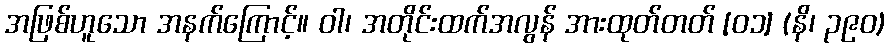
အဖြစ်ဟူသော အနက်ကြောင့်။ ဝါ၊ အတိုင်းထက်အလွန် အားထုတ်တတ် [၀၁] (နိ၊ ၃၉၀)